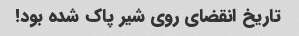
تاریخ انقضای روی شیر پاک شده بود!